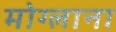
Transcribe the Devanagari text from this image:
मोग्लाना